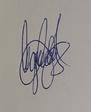
Signature authenticity: genuine